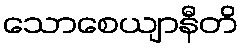
သောစေယျာနီတိ